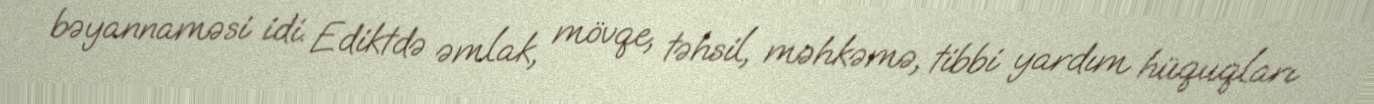
bəyannaməsi idi. Ediktdə əmlak, mövqe, təhsil, məhkəmə, tibbi yardım hüquqları